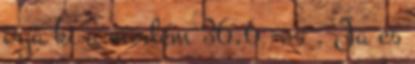
irja ki a modem 36,6 -os . Ja es